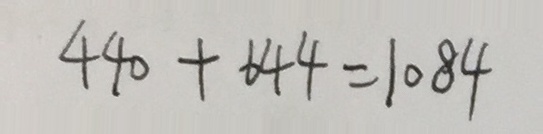
4 4 0 + 6 4 4 = 1 0 8 4